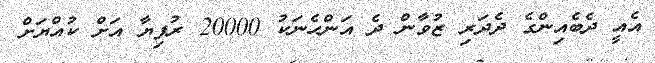
އެއީ ދެބެއިންގެ ދެދަރި ޒުވާން ދެ އަންހެނަކު 20000 ރުފިޔާ އަށް ކުއްޔަށް